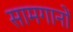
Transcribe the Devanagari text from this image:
सामगानों